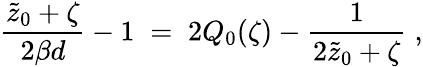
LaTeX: {\frac{\tilde{z}_{0}+\zeta}{2\beta d}}-1\; =\; 2Q_{0}(\zeta)-{\frac{1}{2\tilde{z}_{0}+\zeta}}\; ,